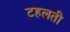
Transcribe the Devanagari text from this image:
टहलती